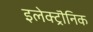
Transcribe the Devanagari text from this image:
इलेक्ट्रॊनिक